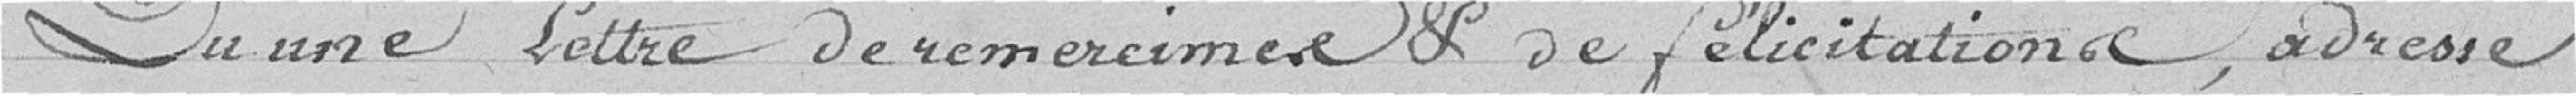
D'une lettre de remerciements et de félicitations, adressée